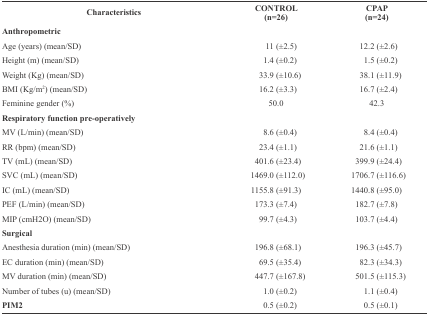
<table><thead><tr><td><b>Characteristics</b></td><td><b>CONTROL(n=26)</b></td><td><b>CPAP(n=24)</b></td></tr></thead><tbody><tr><td><b>Anthropometric</b></td><td></td><td></td></tr><tr><td>Age (years) (mean/SD)</td><td>11 (±2.5)</td><td>12.2 (±2.6)</td></tr><tr><td>Height (m) (mean/SD)</td><td>1.4 (±0.2)</td><td>1.5 (±0.2)</td></tr><tr><td>Weight (Kg) (mean/SD)</td><td>33.9 (±10.6)</td><td>38.1 (±11.9)</td></tr><tr><td>BMI (Kg/m<sup>2</sup>) (mean/SD)</td><td>16.2 (±3.3)</td><td>16.7 (±2.4)</td></tr><tr><td>Feminine gender (%)</td><td>50.0</td><td>42.3</td></tr><tr><td><b>Respiratory function pre-operatively</b></td><td></td><td></td></tr><tr><td>MV (L/min) (mean/SD)</td><td>8.6 (±0.4)</td><td>8.4 (±0.4)</td></tr><tr><td>RR (bpm) (mean/SD)</td><td>23.4 (±1.1)</td><td>21.6 (±1.1)</td></tr><tr><td>TV (mL) (mean/SD)</td><td>401.6 (±23.4)</td><td>399.9 (±24.4)</td></tr><tr><td>SVC (mL) (mean/SD)</td><td>1469.0 (±112.0)</td><td>1706.7 (±116.6)</td></tr><tr><td>IC (mL) (mean/SD)</td><td>1155.8 (±91.3)</td><td>1440.8 (±95.0)</td></tr><tr><td>PEF (L/min) (mean/SD)</td><td>173.3 (±7.4)</td><td>182.7 (±7.8)</td></tr><tr><td>MIP (cmH2O) (mean/SD)</td><td>99.7 (±4.3)</td><td>103.7 (±4.4)</td></tr><tr><td><b>Surgical</b></td><td></td><td></td></tr><tr><td>Anesthesia duration (min) (mean/SD)</td><td>196.8 (±68.1)</td><td>196.3 (±45.7)</td></tr><tr><td>EC duration (min) (mean/SD)</td><td>69.5 (±35.4)</td><td>82.3 (±34.3)</td></tr><tr><td>MV duration (min) (mean/SD)</td><td>447.7 (±167.8)</td><td>501.5 (±115.3)</td></tr><tr><td>Number of tubes (u) (mean/SD)</td><td>1.0 (±0.2)</td><td>1.1 (±0.4)</td></tr><tr><td><b>PIM2</b></td><td>0.5 (±0.2)</td><td>0.5 (±0.1)</td></tr></tbody></table>